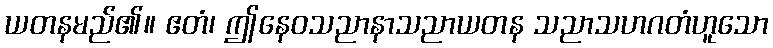
ယတနမည်၏။ ဧတံ၊ ဤနေဝသညာနာသညာယတန သညာသဟဂတံဟူသော